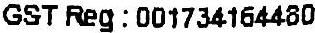
GST REG : 001734164480